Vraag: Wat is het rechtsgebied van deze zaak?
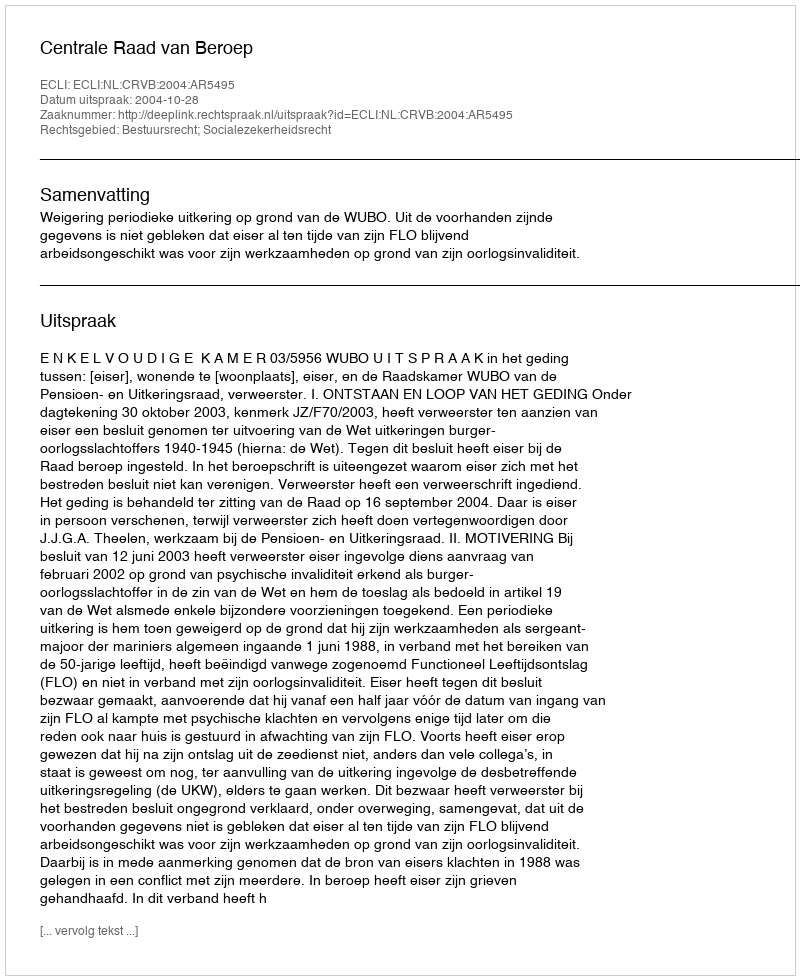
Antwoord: Bestuursrecht; Socialezekerheidsrecht